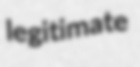
legitimate